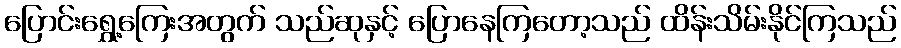
ပြောင်းရွှေ့ကြေးအတွက် သည်ဆုနှင့် ပြောနေကြတော့သည် ထိန်းသိမ်းနိုင်ကြသည်